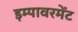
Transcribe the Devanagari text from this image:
इम्पावरमेंट